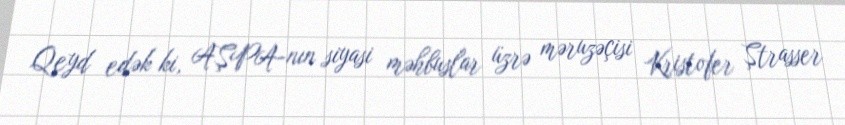
Qeyd edək ki, AŞPA-nın siyasi məhbuslar üzrə məruzəçisi Kristofer Ştrasser